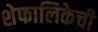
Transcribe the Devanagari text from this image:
शेफालिकेची